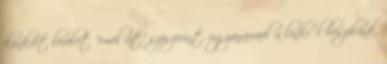
konkrét levelet "emel át" szószerint. ugyanarraól a linkről beszélünk,